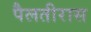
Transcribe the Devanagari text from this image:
पैलतीरास